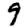
Digit: 9